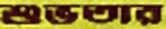
শুভতার